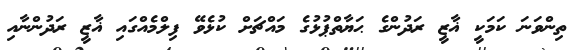
ތިންވަނަ ކަމަކީ ޣާޒީ ރަދުންގެ ޙަޔާތްޕުޅުގެ މައްޗަށް ކުޅެވޭ ފިލްމެއްގައި ޣާޒީ ރަދުންނާއި